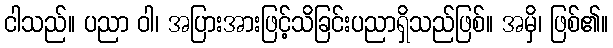
ငါသည်။ ပညာ ဝါ၊ အပြားအားဖြင့်သိခြင်းပညာရှိသည်ဖြစ်။ အမှိ၊ ဖြစ်၏။